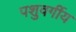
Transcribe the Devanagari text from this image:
पशुवर्गीय